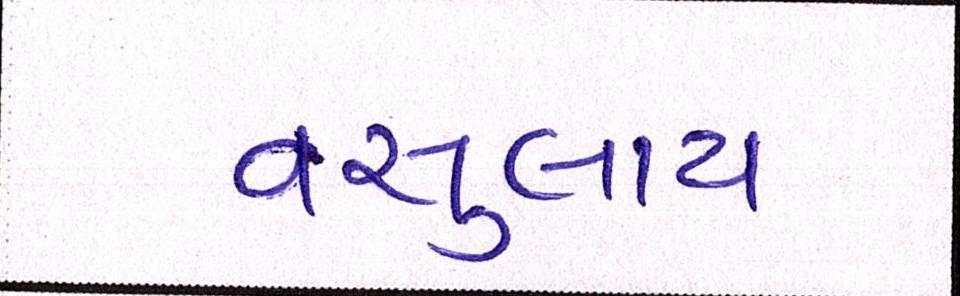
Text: વસુલાય